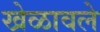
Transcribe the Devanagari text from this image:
खेळावले